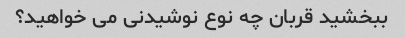
ببخشید قربان چه نوع نوشیدنی می خواهید؟